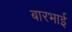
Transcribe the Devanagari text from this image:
बारभाई